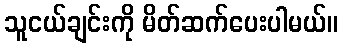
သူငယ်ချင်းကို မိတ်ဆက်ပေးပါမယ်။